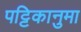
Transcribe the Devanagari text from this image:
पट्टिकानुमा